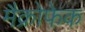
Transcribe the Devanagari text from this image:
मैक्रोफेक